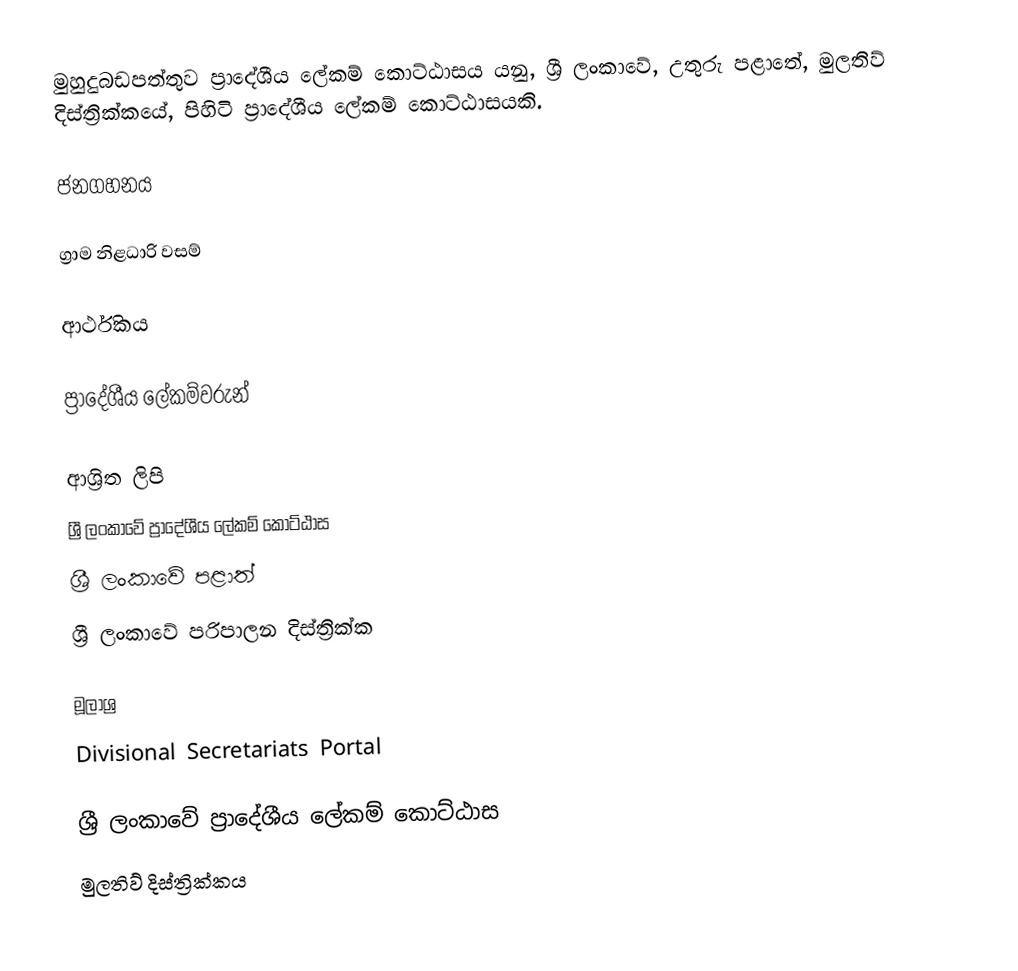
මුහුදුබඩපත්තුව ප්‍රාදේශීය ලේකම් කොට්ඨාසය යනු,  ශ්‍රී ලංකාවේ, උතුරු පළාතේ,   මුලතිව් දිස්ත්‍රික්කයේ, පිහිටි ප්‍රාදේශීය ලේකම් කොට්ඨාසයකි.

ජනගහනය

ග්‍රාම නිළධාරි වසම්

ආර්ථිකය

ප්‍රාදේශීය ලේකම්වරුන්

ආශ්‍රිත ලිපි
ශ්‍රී ලංකාවේ ප්‍රාදේශීය ලේකම් කොට්ඨාස
ශ්‍රී ලංකාවේ පළාත්
ශ්‍රී ලංකාවේ පරිපාලන දිස්ත්‍රික්ක

මූලාශ්‍ර
 Divisional Secretariats Portal

ශ්‍රී ලංකාවේ ප්‍රාදේශීය ලේකම් කොට්ඨාස
මුලතිව් දිස්ත්‍රික්කය